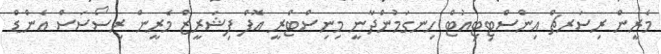
މެރީން ރިސަރޗް އިންސްޓިޓިއުޓް ހިނގަމުންދާނީ މިނިސްޓްރީ އޮފް ފިޝަރީޒް މެރީން ރިސޯސަސް އެންޑް